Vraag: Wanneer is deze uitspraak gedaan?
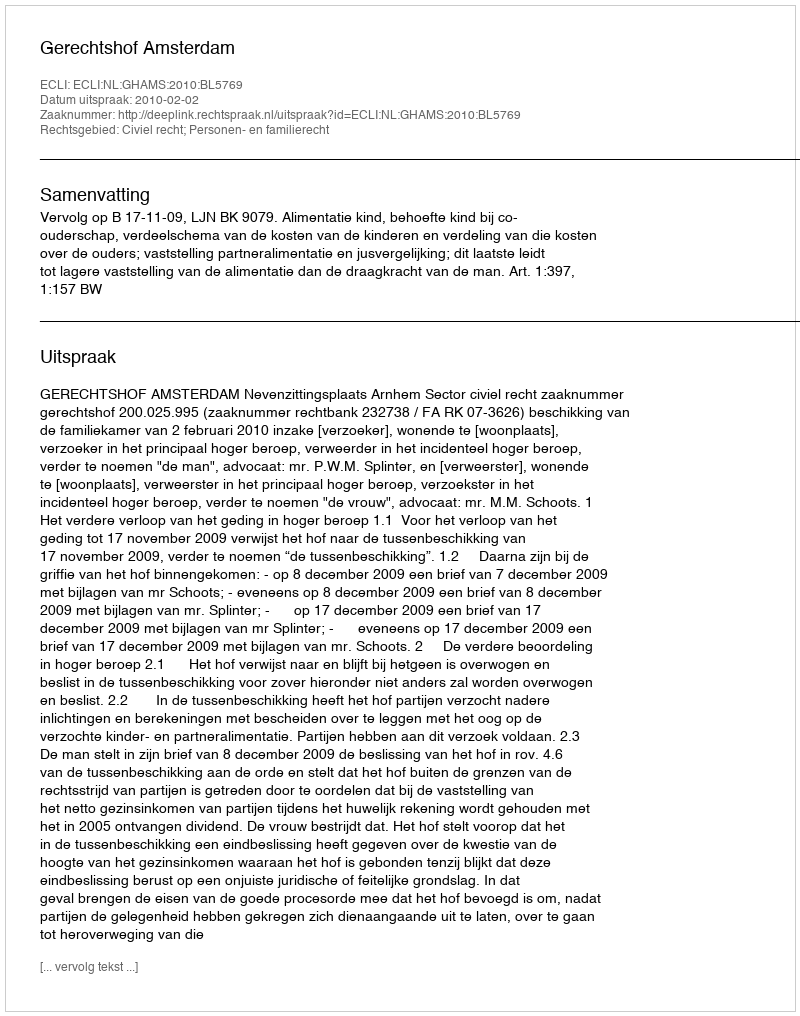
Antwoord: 2010-02-02